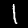
Digit: 1